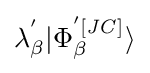
\lambda _{\beta }^{'}|{\Phi _{\beta }^{'[{\it {JC}}]}}\rangle